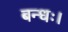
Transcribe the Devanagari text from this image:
बन्धः।